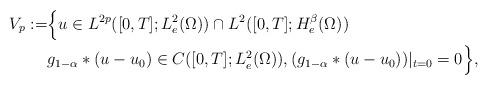
LaTeX: \begin{align*}V_{p} := & \Big\{ u \in L^{2p}([0,T];L_{e}^{2}(\Omega)) \cap L^{2}([0,T];H_{e}^{\beta}(\Omega)) \\& g_{1-\alpha}*(u-u_{0}) \in C([0,T];L_{e}^{2}(\Omega)), (g_{1-\alpha}*(u-u_{0}))|_{t=0} = 0 \Big\},\end{align*}